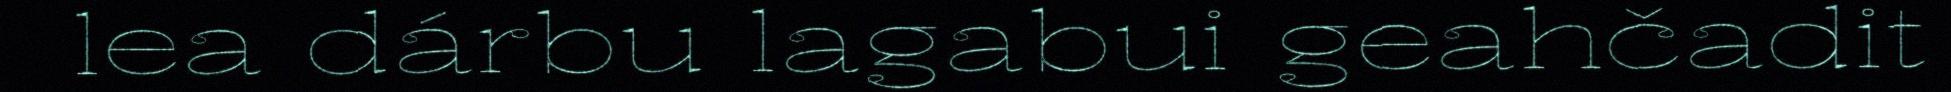
lea dárbu lagabui geahčadit